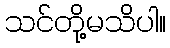
သင်တို့မသိပါ။